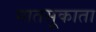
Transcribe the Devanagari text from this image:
मातसूकाता